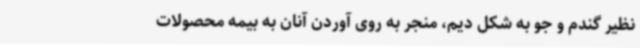
نظیر گندم و جو به شکل دیم، منجر به روی آوردن آنان به بیمه محصولات